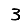
Digit: 3